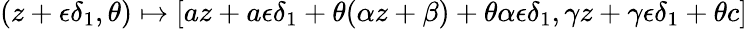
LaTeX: (z+\epsilon\delta_{1},\theta)\mapsto[az+a\epsilon\delta_{1}+\theta(\alpha z+\beta)+\theta\alpha\epsilon\delta_{1},\gamma z+\gamma\epsilon\delta_{1}+\theta c]